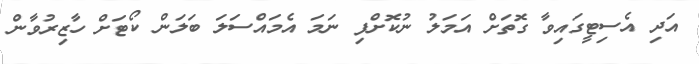
އަދި އެސިޓީގައިވާ ގޮތަށް އަމަލު ނުކޮށްފި ނަމަ އެމައްސަލަ ބަލަން ކޯޓަށް ހާޒިރުވާން